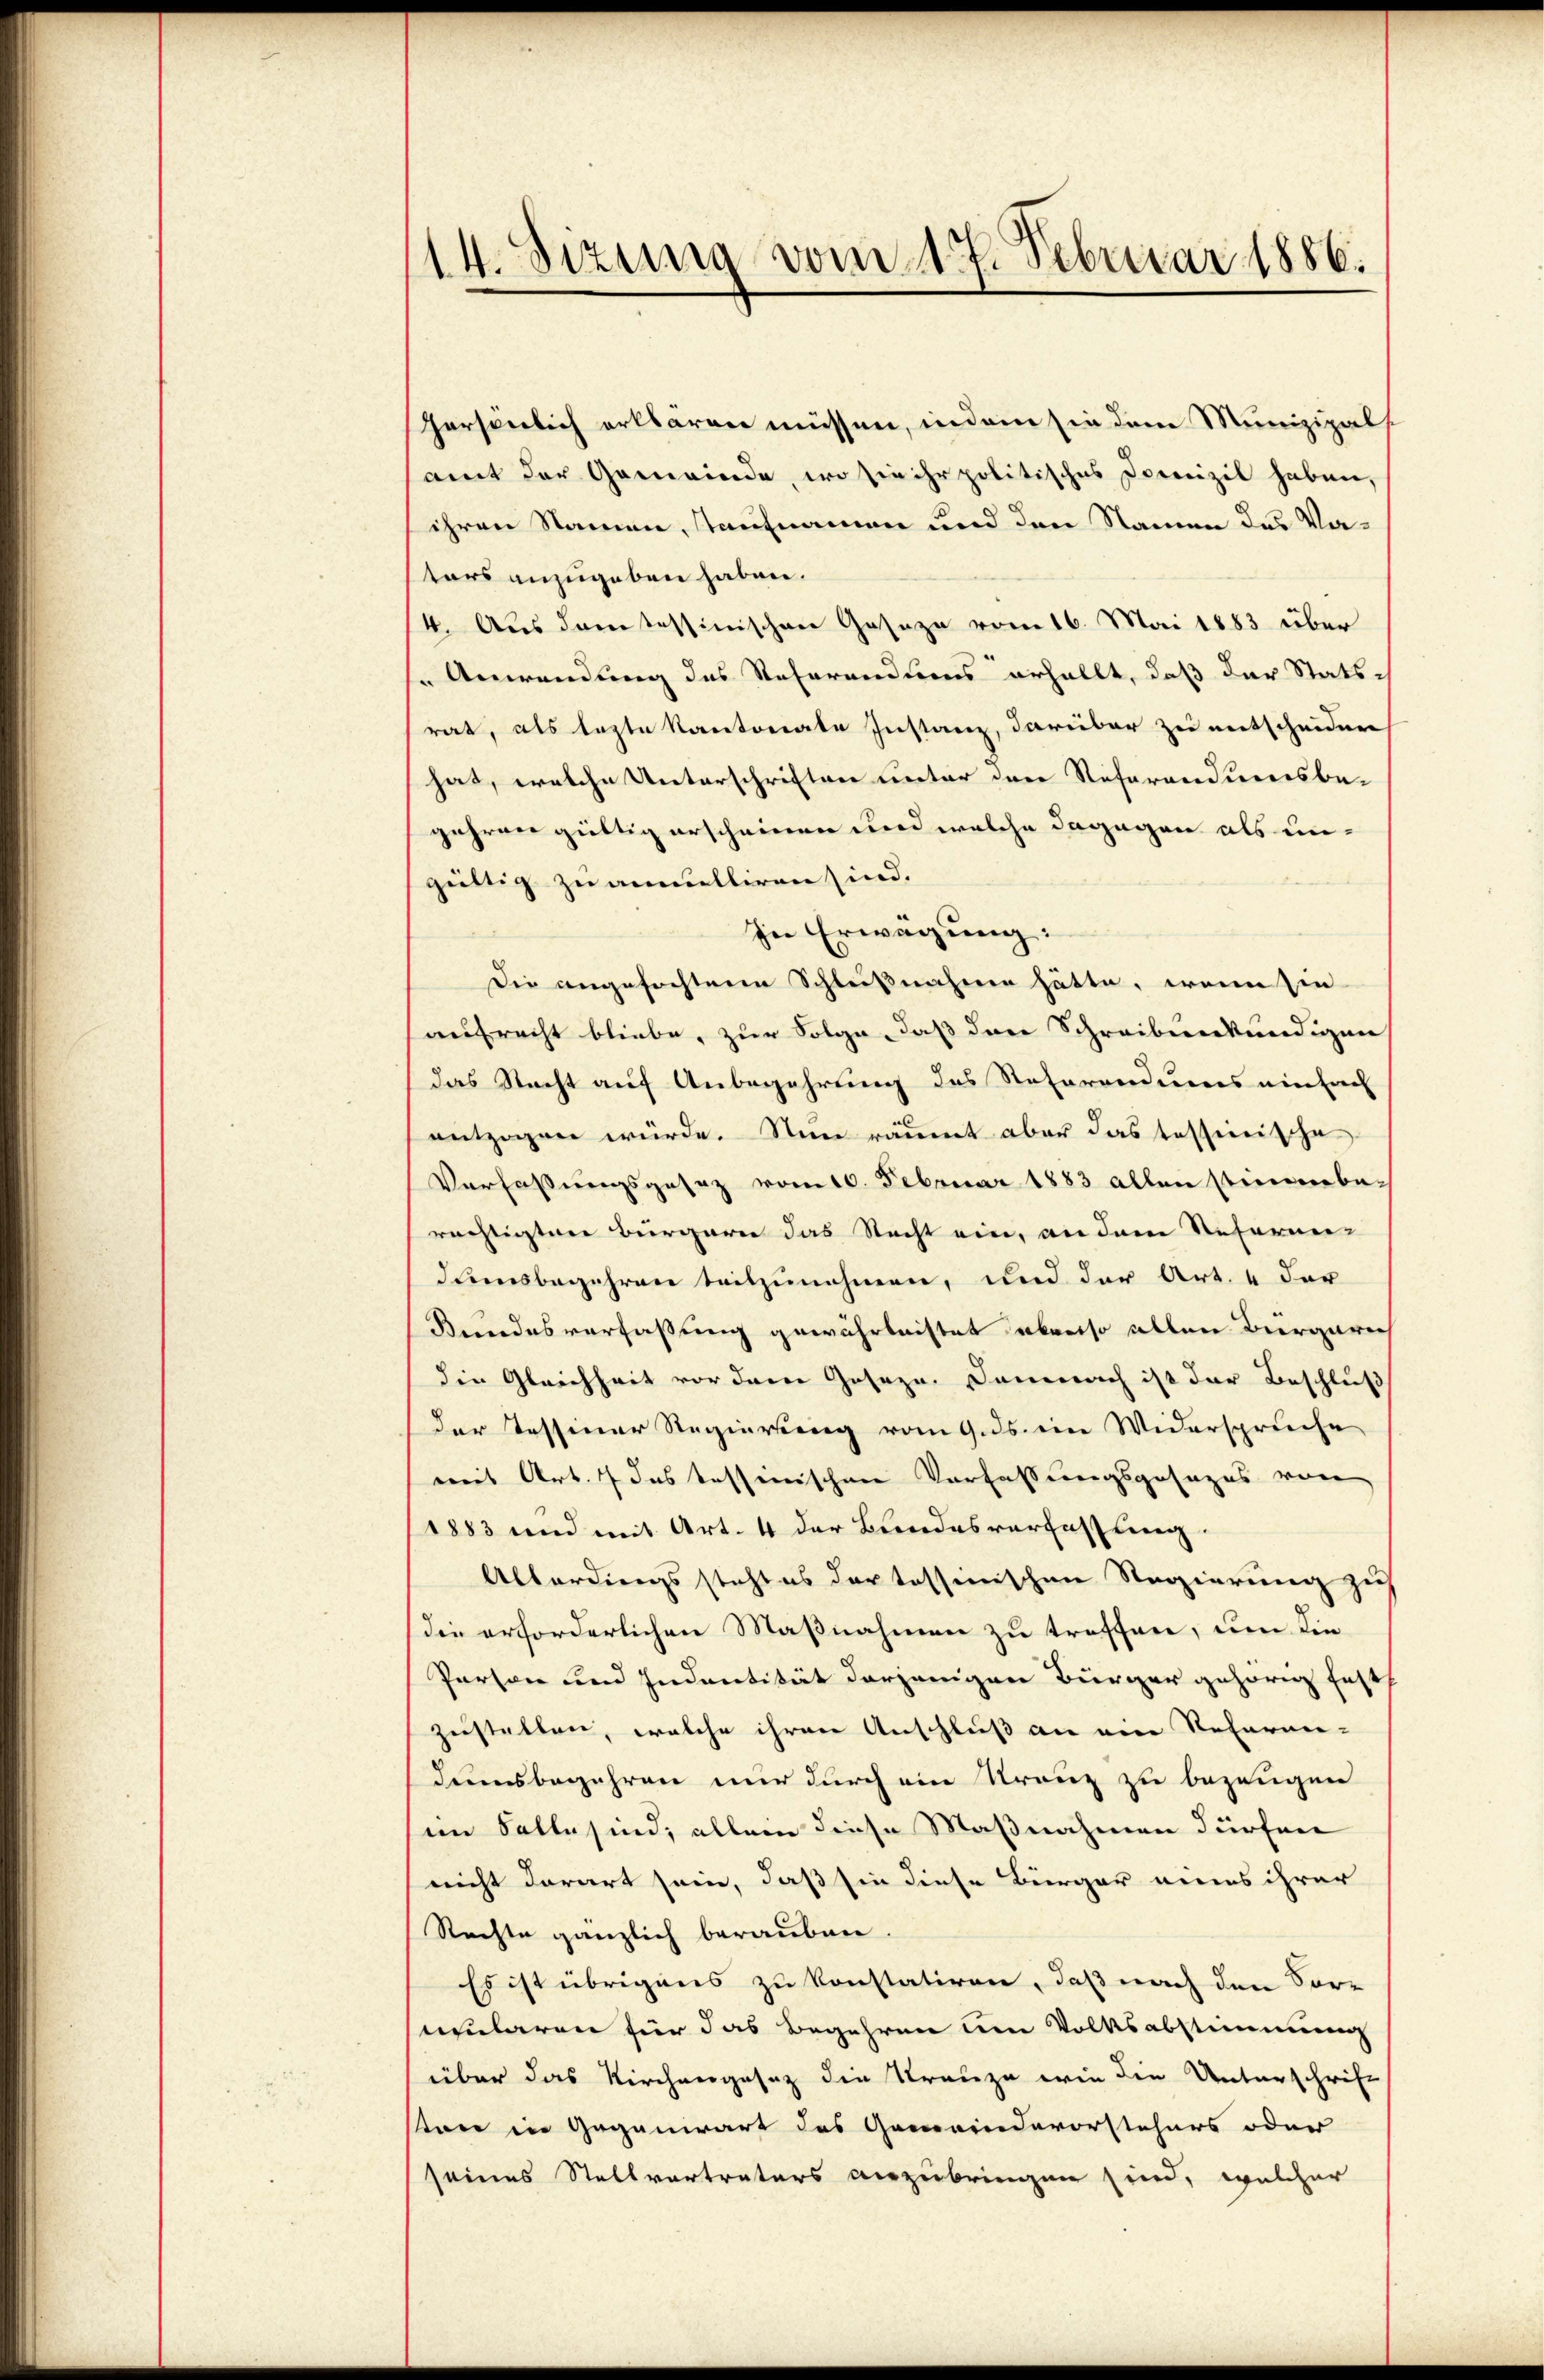
14. Sitzung vom 17. Februar 1886.

persönlich erklären müssen, indem sie dem Munizipals.
samt der Gemeinde, wo sie ihr politisches Domizil haben,
ihren Namen, staufnamen und den Namen des Vators anzugeben haben.
4. Aus dem tessinischen Geseze vom 16. Mai 1883 über
" Anwendung des Referandiens erhallt, daß der Statsrat, als legte Kantonale Instanz, darüber zu entscheiden
hat, welche Unterschriften unter den Referandumsbegehren gültig erscheinen und welche dagegen als ungültig zu annulliren sind.
In Erwägung:
Die angefochtene Schlußnahmen hätte, wenn sie
aufrecht bliebe, zur Folge, daß der Schreibunkündigen
das Nacht auf Anbegehrung des Referandums einfach
entzogen würde. Nun räumt aber das tessinische
Verfassungsgesez vom 10. Februar 1883 allen stimmberechtigten Bürgern das Recht ein, an dem Referen-
dumsbegehren teilzunehmen, und der Art. 4 der
Bundesverfaßung gewährleistet aber so allen Bürgerech
den Gleichheit vor dem Gesezn. Demnach ist der Beschluß
der Tessiner Regierung vom 9. ds. ein Widerspruche
mit Art. 7 das tessinischen Verfassungsgesages von
1883 und mit Art. 4 der Bundesverfassung.
Abbordingssteht es der tessinischen Regierung zu
(die erforderlichen Maßnahmen zu treffen, um die
Person und Indentität derjenigen Bürger gehörig fest
zustellen, welche ihren Anschluß an eine Referan-
densbegehren nur durch ein Kranz zu bezeugen
eim Falle sind; allein diese Maßnahmen dürfen
nicht derart sein, daß sie diese Bürger eines ihrer
Rechte gänzlich berauben.
Es ist übrigens zu konstatiren, daß nach den Vor-
nmularen für das Begehren um Volksabstimmung
über das Kirchengesetz die Kreuze wie die Unterschrift
tone in Gegenwart des Gemeindevorstehers oder
seines Stellvertreters anzubringen sind, welcher